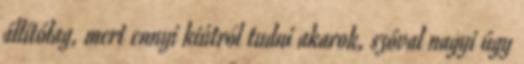
állítólag, mert ennyi kiútról tudni akarok, szóval nagyi úgy